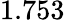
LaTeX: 1.753